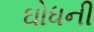
ઘોધની